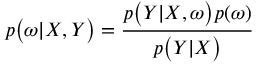
p \big ( \boldsymbol { \omega } | \boldsymbol { X } , \boldsymbol { Y } \big ) = \frac { p \big ( \boldsymbol { Y } | \boldsymbol { X } , \boldsymbol { \omega } \big ) p ( \boldsymbol { \omega } ) } { p \big ( \boldsymbol { Y } | \boldsymbol { X } \big ) }